Report of the Imperial Institute of Veterinary Research, Muktesar
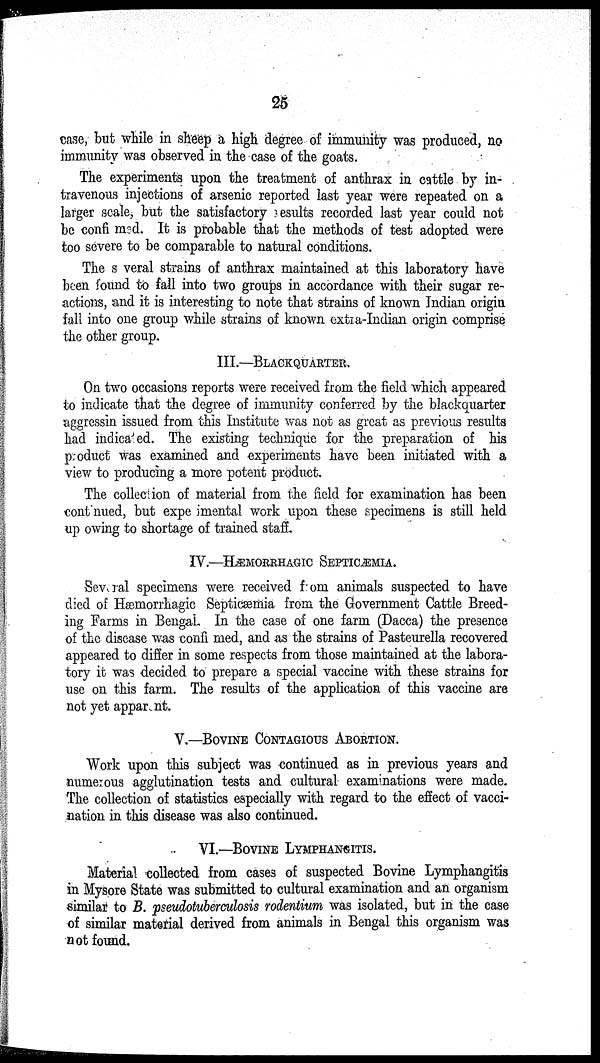
25
case, but while in sheep a high degree of immunity was produced, no
immunity was observed in the case of the goats.
The experiments upon the treatment of anthrax in cattle by in-
travenous injections of arsenic reported last year were repeated on a
larger scale, but the satisfactory results recorded last year could not
be confirmed. It is probable that the methods of test adopted were
too severe to be comparable to natural conditions.
The several strains of anthrax maintained at this laboratory have
been found to fall into two groups in accordance with their sugar re-
actions, and it is interesting to note that strains of known Indian origin
fall into one group while strains of known extra-Indian origin comprise
the other group.
III.—BLACKQUARTER.
On two occasions reports were received from the field which appeared
to indicate that the degree of immunity conferred by the blackquarter
aggressin issued from this Institute was not as great as previous results
had indicated. The existing technique for the preparation of his
product was examined and experiments have been initiated with a
view to producing a more potent product.
The collection of material from the field for examination has been
continued, but experimental work upon these specimens is still held
up owing to shortage of trained staff.
IV.—HÆMORRHAGIC SEPTICÆMIA.
Several specimens were received from animals suspected to have
died of Hæmorrhagic Septicæmia from the Government Cattle Breed-
ing Farms in Bengal. In the case of one farm (Dacca) the presence
of the disease was confirmed, and as the strains of Pasteurella recovered
appeared to differ in some respects from those maintained at the labora-
tory it was decided to prepare a special vaccine with these strains for
use on this farm. The results of the application of this vaccine are
not yet apparent.
V.—BOVINE CONTAGIOUS ABORTION.
Work upon this subject was continued as in previous years and
numerous agglutination tests and cultural examinations were made.
The collection of statistics especially with regard to the effect of vacci-
nation in this disease was also continued.
VI.—BOVINE LYMPHANGITIS.
Material collected from cases of suspected Bovine Lymphangitis
in Mysore State was submitted to cultural examination and an organism
similar to B. pseudotuberculosis rodentium was isolated, but in the case
of similar material derived from animals in Bengal this organism was
not found.